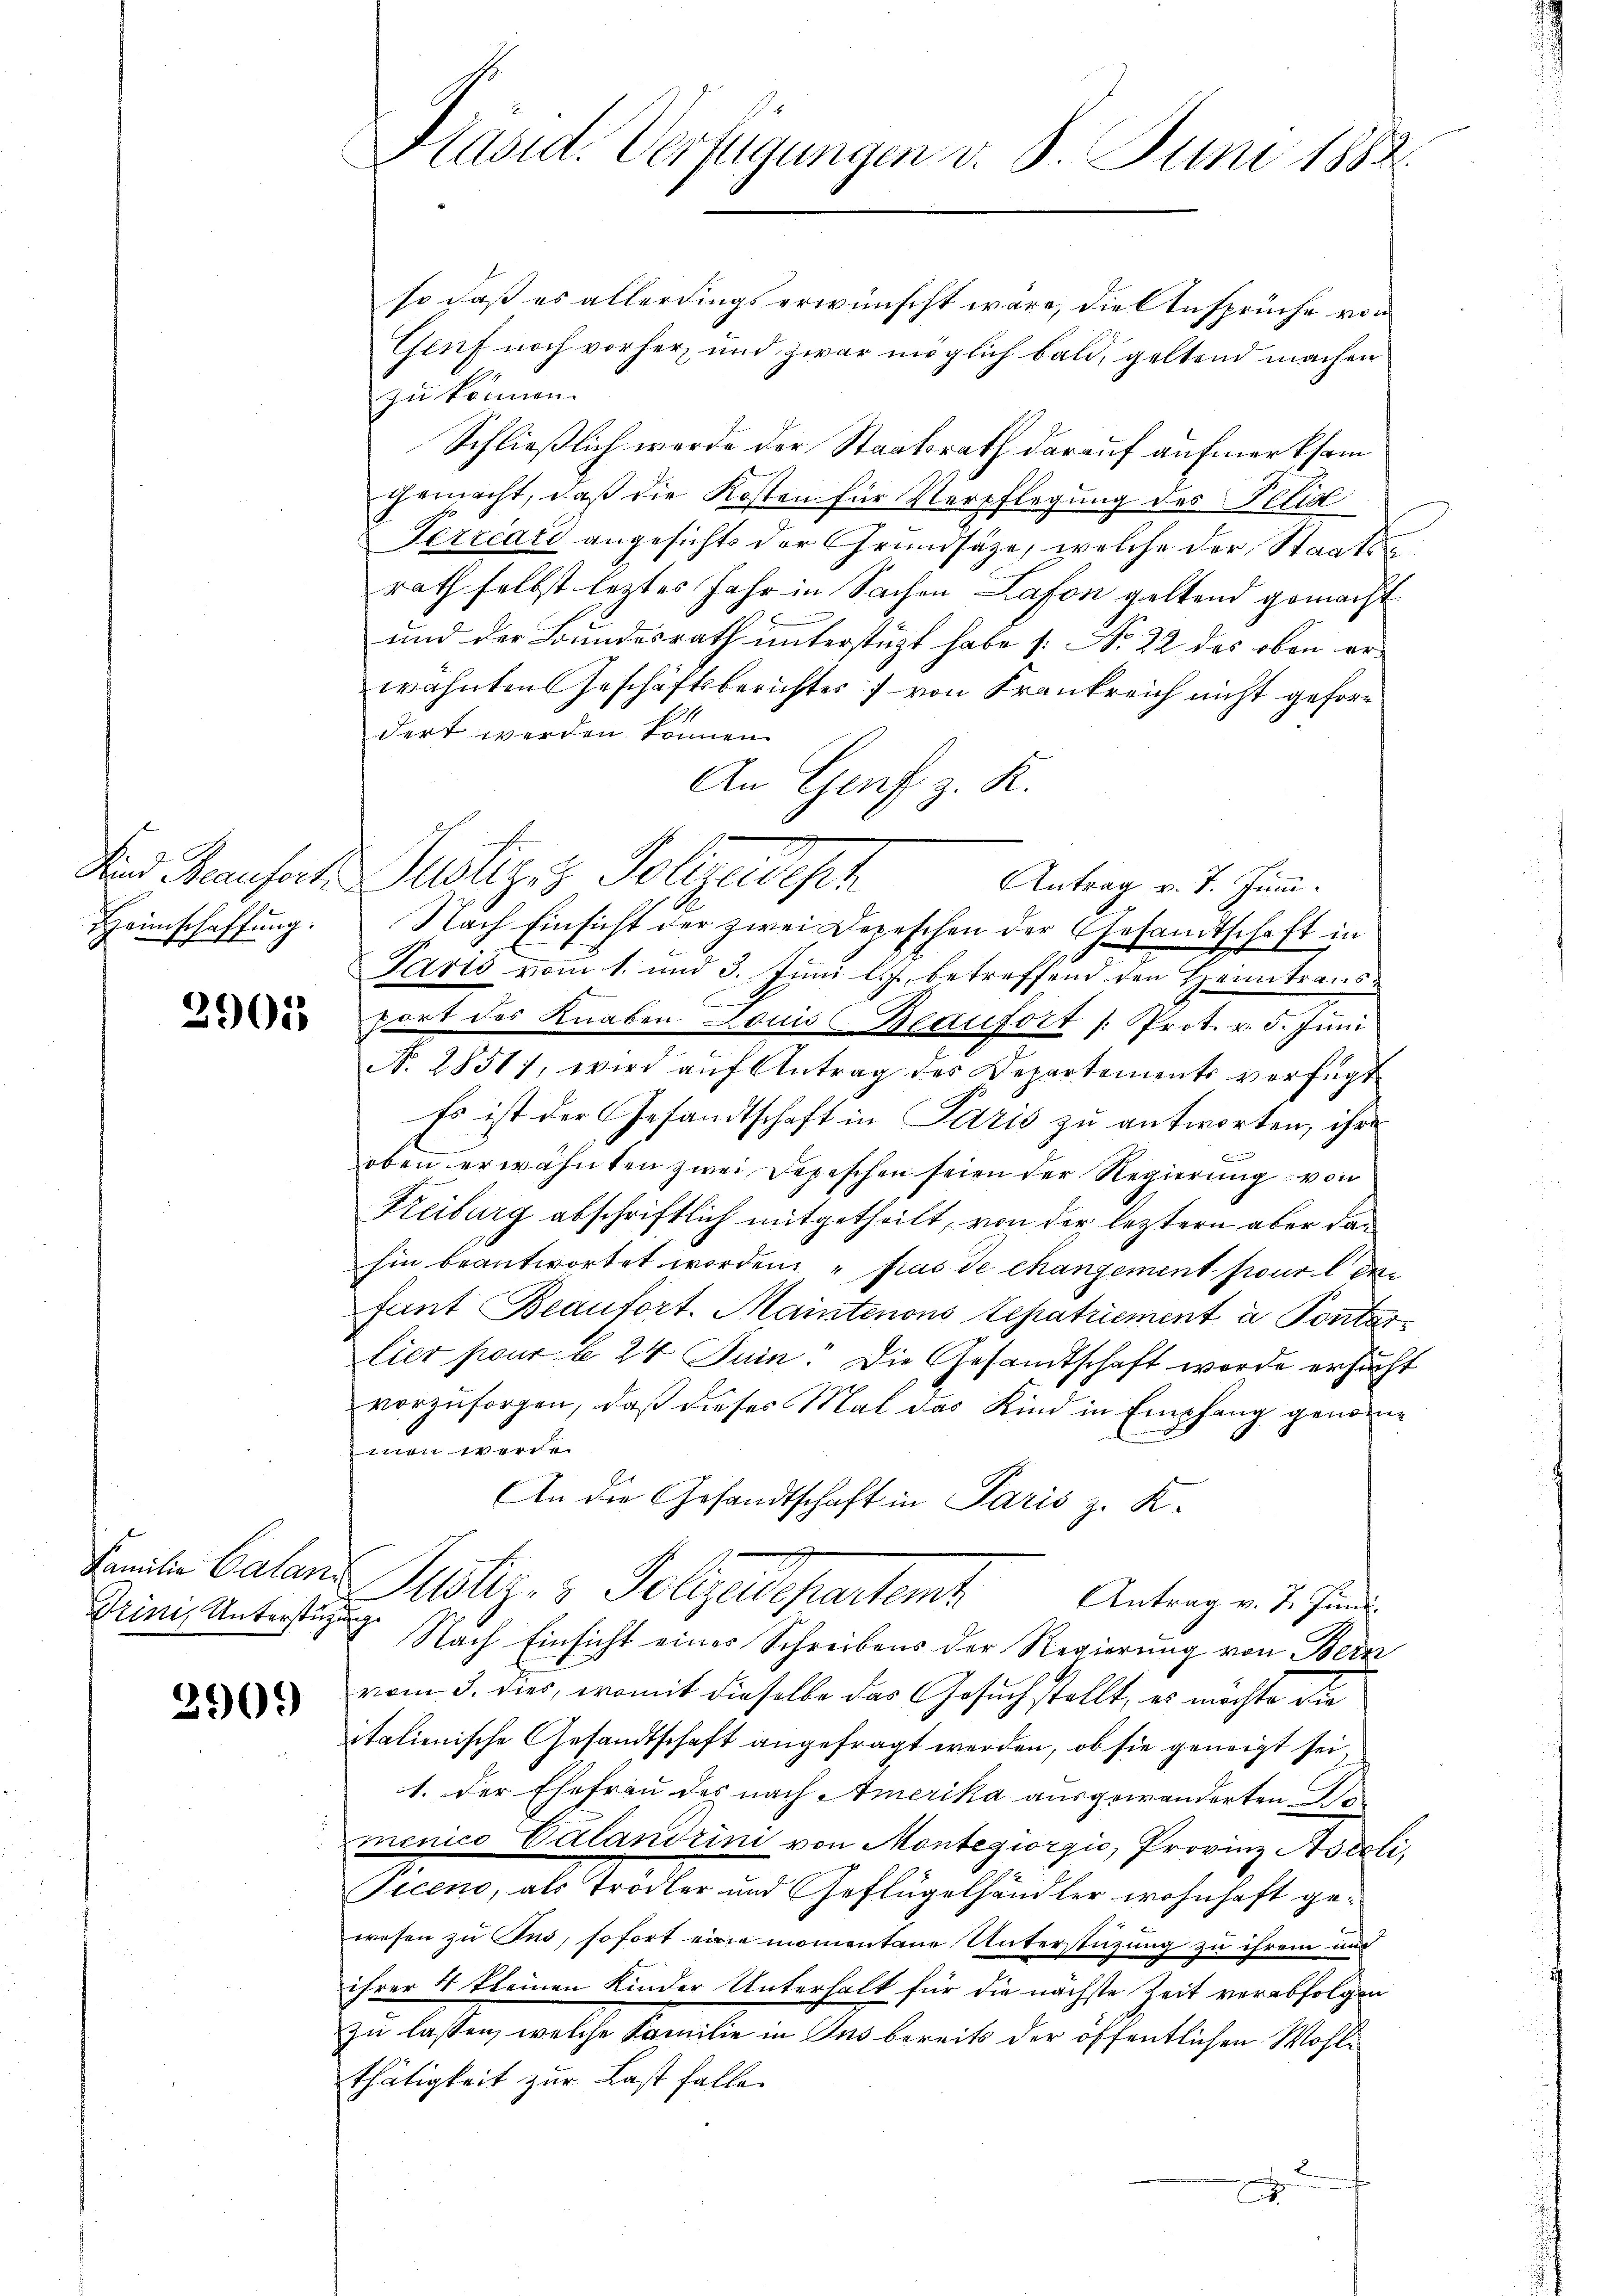
Heimschaffung.

2901

Drini, Unterstützung

2909

so daß es allerdings erwünscht wäre, die Ansprüche von
Genf noch vorherz und zwar möglich bald, geltend machen
zu können.
Schließlich werde der Staatsrath darauf aufmerksam
gemacht, daß die Kosten für Verpflegung des Pelik
Terzcari angesichts der Grundsätze, welche der Staatsrath selbst leztes Jahr in Sachen Lafon geltend gemacht
und der Bundesrath unterstüzt habe [: No 22 des oben er
wähnten Geschäftsberichtes von Frankreich nicht gefordert werden können.
An Genf z. R.
Sind Rausch. Justiz & Polizeidisch
Nach Einsicht der zwei Depeschen der Gesandtschaft in
Paris vom 1. und 3. Juni l. Js. betreffend den Heimtransport des Knaben Louis Bedifort /: Prot. v. 5. Juni
N. 28511, wird aŭf Antrag des Departements verfügt
Es ist der Gesandtschaft in Paris zu antworten, ihre
oben erwähnten zwei Depeschen seien der Regierung von
Keiburg abschriftlich mitgetheilt, von der leztern aber dan
hin beantwortet worden: " pas de chanzement pour le de
fant Beaufort. Maintenons Lepatrement a Pontat
lier pour b 24 Juin: Die Gesandtschaft werde ersucht
vorzusorgen, daß dieses Mal das Kind in Empfang genomme
men werde.
An die Gesandtschaft in Paris z. K.
Saniten Calans Justiz- & Polizeidepartem Antrag v. 7. Juni.
Nach Einsicht einer Schreibens der Regierung von Bern
vom 3. dies, womit dieselbe das Gesuch stellt, es möchte die
italienische Gesandtschaft angefragt werden, ob sie geneigt sei
1. Der Ehefrau des nach Amerika ausgewanderten Re
menico Calandrini von Montegiorgio, Provinz Aseeli,
Piceno, als Trodler und Geflügelhändler wohnhaft gewesen zu Tus, sofort eine momentane Unterstüzung zu ihrem und
ihrer 4 kleinen Kinder Unterhalt für die nächste Zeit verabfolgen
zu lassen, welche Familie in Ins bereits der öffentlichen Wohlthätigkeit zur Last falle.
2

Präsid. Verfügungen v. 8. Juni 1882.

Antrag v. 7. Juni.

.